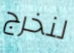
لنخرج